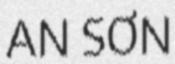
AN SƠN